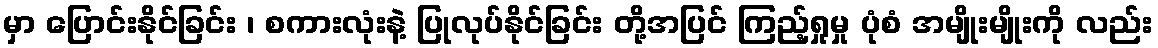
မှာ ပြောင်းနိုင်ခြင်း ၊ စကားလုံးနဲ့ ပြုလုပ်နိုင်ခြင်း တို့အပြင် ကြည့်ရှုမှု ပုံစံ အမျိုးမျိုးကို လည်း